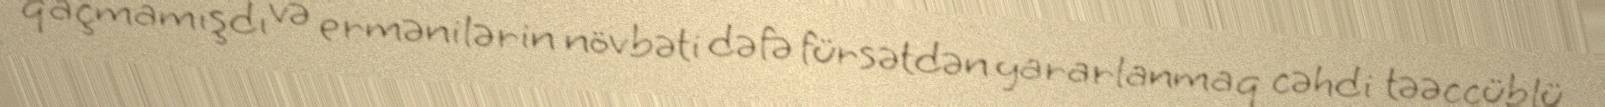
qaçmamışdı və ermənilərin növbəti dəfə fürsətdən yararlanmaq cəhdi təəccüblü